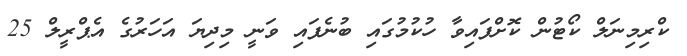
ކްރިމިނަލް ކޯޓުން ކޮށްފައިވާ ހުކުމުގައި ބުނެފައި ވަނީ މިދިޔަ އަހަރުގެ އެޕްރީލް 25